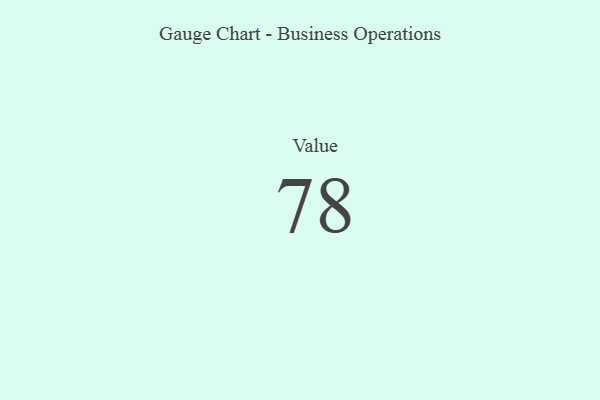
{"axis": {"x": "Metric", "y": "Value"}, "legend": [""], "data": [{"x": "Value", "y": 78, "type": ""}]}